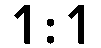
1:1